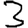
Digit: 3